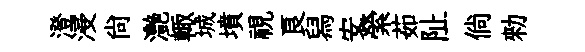
澄浸尙灔輙城墳視良舄安縈茹阯倘勑